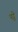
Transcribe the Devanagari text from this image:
पट्ठे